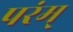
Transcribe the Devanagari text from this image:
परंम्